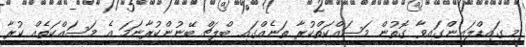
މި ގައިޑްލައިންގައިވާ ގޮތުން މަސައްކަތްކުރާ ތަނެއްގައި ބްލީޗް ބޭނުންކުރާނަމަ އެ މަސައްކަތެއް ކުރާ